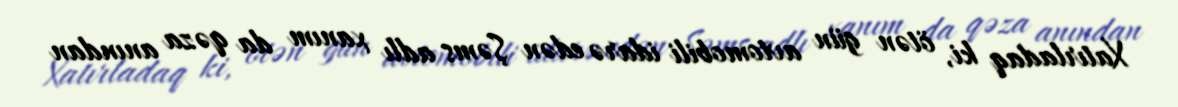
Xatırladaq ki, ötən gün avtomobili idarə edən Şəms adlı xanım da qəza anından